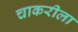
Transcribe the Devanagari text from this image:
चाकरीला